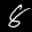
Label: 8